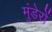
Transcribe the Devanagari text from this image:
मुंडेरों